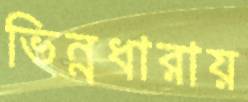
ভিন্নধারায়